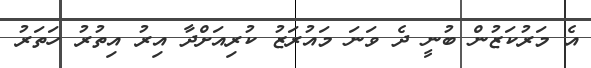
އެ މަރުކަޒުން ބުނީ ދެ ވަނަ މައުރަޒު ކުރިއަށްދާ އިރު އިތުރު ހަތަރު